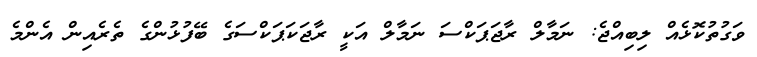
ވަގުތުކޮޅެއް ލިބިއްޖެ: ނަމާލް ރާޖަޕަކްސަ ނަމާލް އަކީ ރާޖަކަޕަކްސަގެ ބޭފުޅުންގެ ތެރެއިން އެންމެ